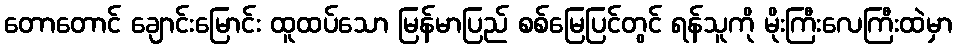
တောတောင် ချောင်းမြောင်း ထူထပ်သော မြန်မာပြည် စစ်မြေပြင်တွင် ရန်သူကို မိုးကြီးလေကြီးထဲမှာ